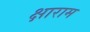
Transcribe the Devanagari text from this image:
क्षाराम